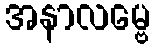
အနာလမ္ဗေ